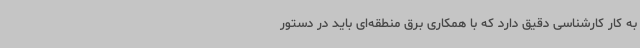
به کار کارشناسی دقیق دارد که با همکاری برق منطقه‌ای باید در دستور